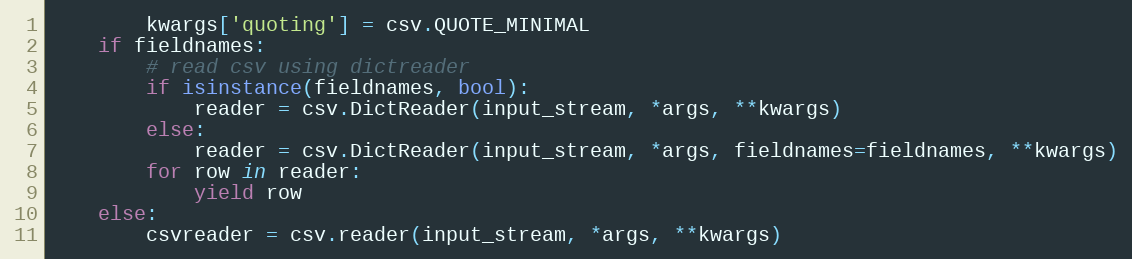
Language: Python
        kwargs['quoting'] = csv.QUOTE_MINIMAL
    if fieldnames:
        # read csv using dictreader
        if isinstance(fieldnames, bool):
            reader = csv.DictReader(input_stream, *args, **kwargs)
        else:
            reader = csv.DictReader(input_stream, *args, fieldnames=fieldnames, **kwargs)
        for row in reader:
            yield row
    else:
        csvreader = csv.reader(input_stream, *args, **kwargs)